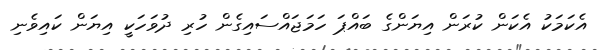
އެކަމަކު އެކަން ކުރަން އިޔަންގެ ބައްޕަ ހަމަޖައްސައިގެން ހުރި ދުވަހަކީ އިޔަން ކައިވެނި